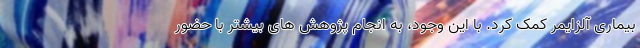
بیماری آلزایمر کمک کرد. با این وجود، به انجام پژوهش های بیشتر با حضور